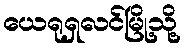
ယေရုရှလင်မြို့သို့